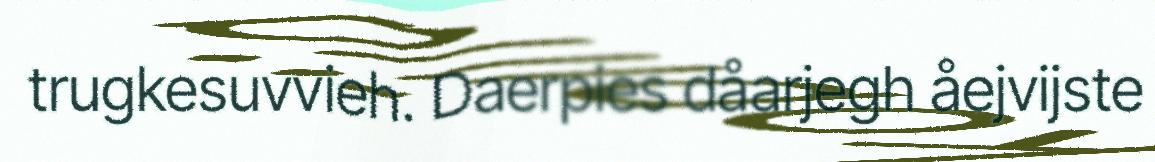
trugkesuvvieh. Daerpies dåarjegh åejvijste